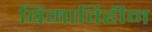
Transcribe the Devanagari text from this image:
बिमाविहीन